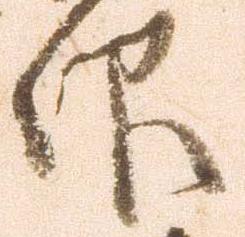
仰